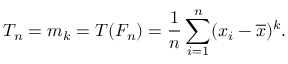
T _ { n } = m _ { k } = T ( F _ { n } ) = { \frac { 1 } { n } } \sum _ { i = 1 } ^ { n } ( x _ { i } - { \overline { { x } } } ) ^ { k } .